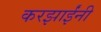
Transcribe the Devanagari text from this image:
करझाईंनी